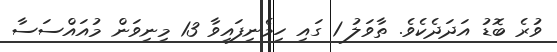
ވުރެ ބޮޑު އަދަދެކެވެ. ތާވަލު 1 ގައި ހިމެނިފައިވާ 13 މިނިވަން މުއައްސަސާ